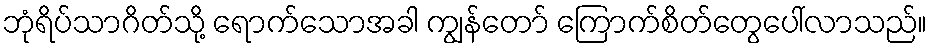
ဘုံရိပ်သာဂိတ်သို့ ရောက်သောအခါ ကျွန်တော် ကြောက်စိတ်တွေပေါ်လာသည်။